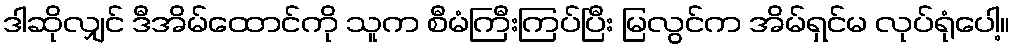
ဒါဆိုလျှင် ဒီအိမ်ထောင်ကို သူက စီမံကြီးကြပ်ပြီး မြလွင်က အိမ်ရှင်မ လုပ်ရုံပေါ့။